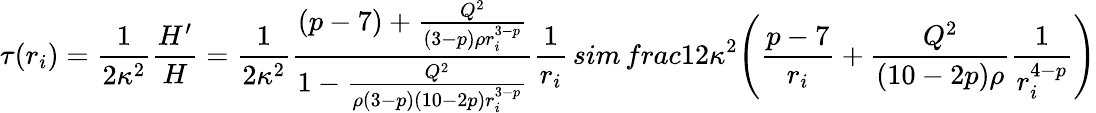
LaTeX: \tau(r_{i})=\frac{1}{2\kappa^{2}}\frac{H^{\prime}}{H}=\frac{1}{2\kappa^{2}}\frac{(p-7)+\frac{Q^{2}}{(3-p)\rho r_{i}^{3-p}}}{1-\frac{Q^{2}}{\rho(3-p)(10-2p)r_{i}^{3-p}}}\frac{1}{r_{i}}\, sim\, frac{1}{2\kappa^{2}}\Bigg(\frac{p-7}{r_{i}}+\frac{Q^{2}}{(10-2p)\rho}\frac{1}{r_{i}^{4-p}}\Bigg)